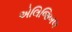
એલિજિબલ